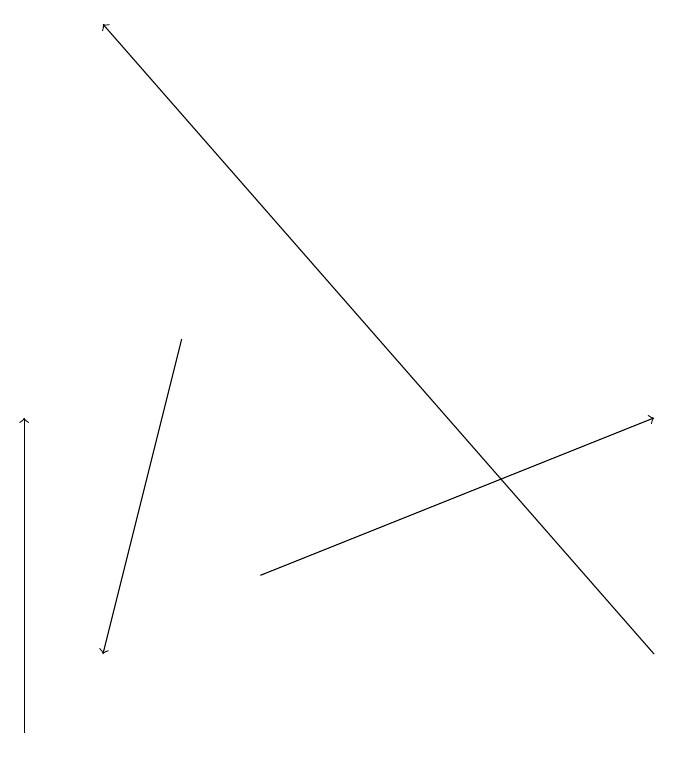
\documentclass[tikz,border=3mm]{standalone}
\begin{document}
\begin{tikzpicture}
\draw[->] (1,10) -- (1,14);
\draw[->] (9,11) -- (2,19);
\draw[->] (3,15) -- (2,11);
\draw[->] (4,12) -- (9,14);
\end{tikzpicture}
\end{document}